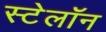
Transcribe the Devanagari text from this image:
स्टेलॉन